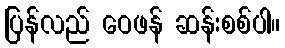
ပြန်လည် ဝေဖန် ဆန်းစစ်ပါ။